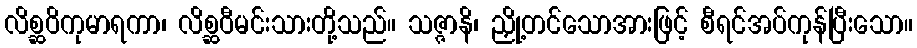
လိစ္ဆဝိကုမာရကာ၊ လိစ္ဆဝီမင်းသားတို့သည်။ သဇ္ဇာနိ၊ ညှို့တင်သောအားဖြင့် စီရင်အပ်ကုန်ပြီးသော။